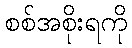
စစ်အစိုးရကို